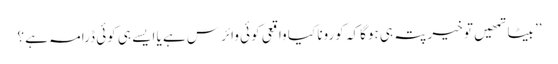
’’ بیٹا تمھیں تو خیر پتہ ہی ہوگا کہ کورونا کیا واقعی کوئی وائرس ہے یا ایسے ہی کوئی ڈرامہ ہے ؟